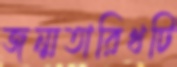
জন্মতারিখটি